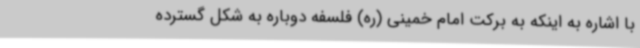
با اشاره به اینکه به برکت امام خمینی (ره) فلسفه دوباره به شکل گسترده